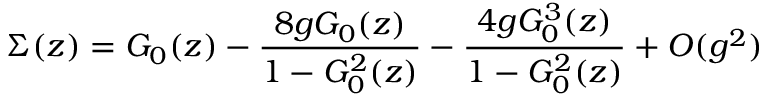
\Sigma ( z ) = G _ { 0 } ( z ) - { \frac { 8 g G _ { 0 } ( z ) } { 1 - G _ { 0 } ^ { 2 } ( z ) } } - { \frac { 4 g G _ { 0 } ^ { 3 } ( z ) } { 1 - G _ { 0 } ^ { 2 } ( z ) } } + O ( g ^ { 2 } )